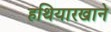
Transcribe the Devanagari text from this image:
हथियारखाने